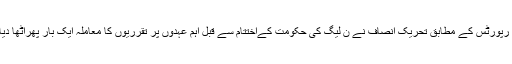
میڈیا رپورٹس کے مطابق تحریک انصاف نے ن لیگ کی حکومت کےاختتام سے قبل اہم عہدوں پر تقرریوں کا معاملہ ایک بار پھراٹھا دیا ہے۔